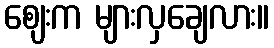
ဈေးက များလှချေလား။